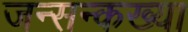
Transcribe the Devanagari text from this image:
जन्सन्कख्या